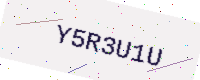
Text: Y5R3U1U